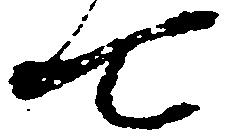
七